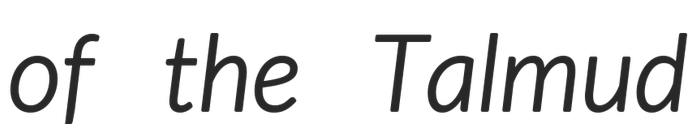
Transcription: of the Talmud